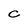
Character: C